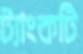
ট্যাংকটি